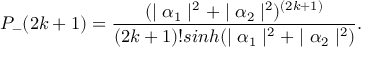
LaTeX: P _ { - } ( 2 k + 1 ) = \frac { ( \mid \alpha _ { 1 } \mid ^ { 2 } + \mid \alpha _ { 2 } \mid ^ { 2 } ) ^ { ( 2 k + 1 ) } } { ( 2 k + 1 ) ! s i n h ( \mid \alpha _ { 1 } \mid ^ { 2 } + \mid \alpha _ { 2 } \mid ^ { 2 } ) } .